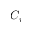
C _ { i }